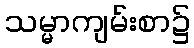
သမ္မာကျမ်းစာ၌